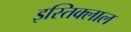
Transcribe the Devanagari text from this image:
इस्तिक्लाल